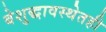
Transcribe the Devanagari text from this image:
बेशुद्धावस्थेतही